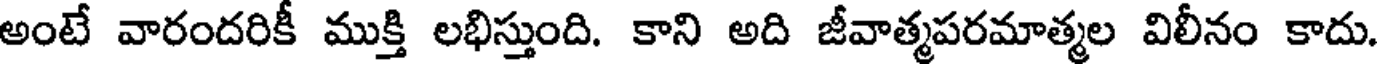
అంటే వారందరికీ ముక్తి లభిస్తుంది. కాని అది జీవాత్మపరమాత్మల విలీనం కాదు.